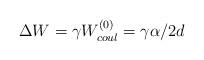
LaTeX: \begin{align*}\Delta W = \gamma W^{(0)}_{coul} = \gamma \alpha / 2d\end{align*}